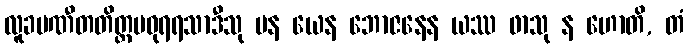
လူခပဏီတတိတ္တမဓုရရသာဒီသု ပန ယေန ဘောဇနေန ယဿ ဖာသု န ဟောတိ, တံ